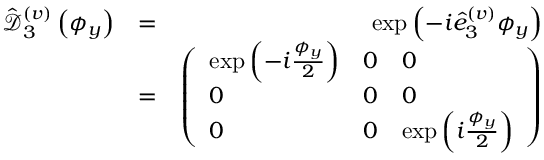
\begin{array} { r l r } { \hat { \mathcal D } _ { 3 } ^ { ( v ) } \left( \phi _ { y } \right) } & { = } & { \exp \left( - i \hat { e } _ { 3 } ^ { ( v ) } \phi _ { y } \right) } \\ & { = } & { \left( \begin{array} { l l l } { \exp \left( - i \frac { \phi _ { y } } { 2 } \right) } & { 0 } & { 0 } \\ { 0 } & { 0 } & { 0 } \\ { 0 } & { 0 } & { \exp \left( i \frac { \phi _ { y } } { 2 } \right) } \end{array} \right) } \end{array}